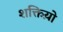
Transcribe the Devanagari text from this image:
शक्तिय़ो